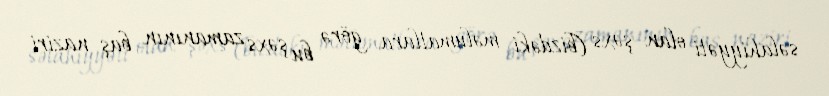
səlahiyyəti olan şəxs (bizdəki məlumatlara görə bu şəxs zamanının baş naziri